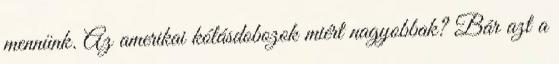
mennünk. Az amerikai kólásdobozok miért nagyobbak? Bár azt a